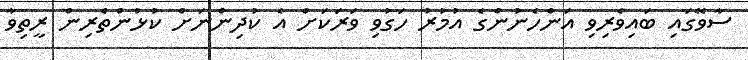
ސާވޭގައި ބައިވެރިވި އަންހެނުންގެ އުމުރު ހަގުވި ވަރަކަށް އެ ކުދިންނަށް ކުޅުންތެރިން ރީތިވާ